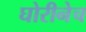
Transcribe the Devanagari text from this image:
घोरीनेच